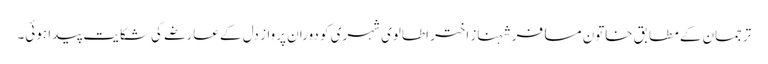
ترجمان کے مطابق خاتون مسافر شہناز اختر اطالوی شہری کو دوران پرواز دل کے عارضے کی شکایت پیدا ہوئی۔